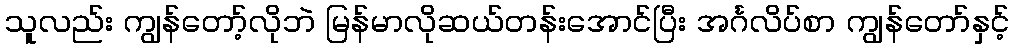
သူလည်း ကျွန်တော့်လိုဘဲ မြန်မာလိုဆယ်တန်းအောင်ပြီး အင်္ဂလိပ်စာ ကျွန်တော်နှင့်